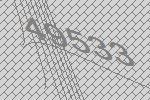
49533